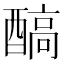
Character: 𨢓